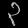
Digit: ၃